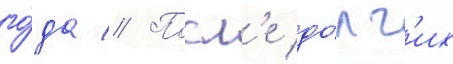
го́да // Посл'е до́лг'их